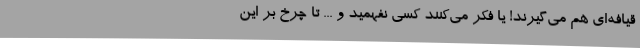
قیافه‌ای هم می‌گیرند! یا فکر می‌کنند کسی نفهمید و ... تا چرخ بر این